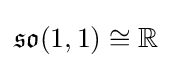
{\mathfrak {so}}(1,1)\cong \mathbb {R}